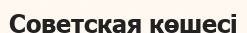
Советская көшесі